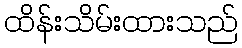
ထိန်းသိမ်းထားသည်